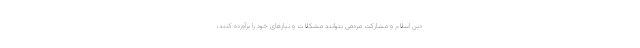
دین اسلام و مشارکت مردمی بتوانند مشکلات و نیازهای خود را برآورده کنند،